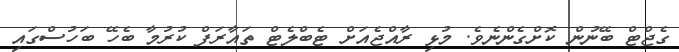
ގެޖްޓް ބޭނުން ކޮށްގެންނެވެ. މުޅި ރާއްޖެއަށް ޓެބްލެޓް ތައާރަފް ކުރުމާ ބެހޭ ބަހުސްގައި